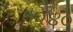
૧૨૪૦